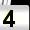
Digit: 4